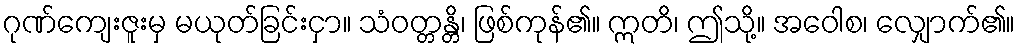
ဂုဏ်ကျေးဇူးမှ မယုတ်ခြင်းငှာ။ သံဝတ္တန္တိ၊ ဖြစ်ကုန်၏။ ဣတိ၊ ဤသို့။ အဝေါစ၊ လျှောက်၏။